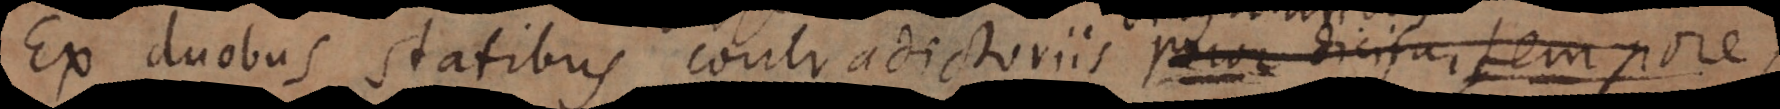
Ex duobus statibus contradictoriis pr